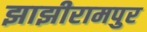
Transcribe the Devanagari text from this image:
झाझीरामपुर